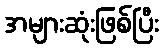
အများဆုံးဖြစ်ပြီး